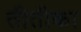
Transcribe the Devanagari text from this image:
तीतीका